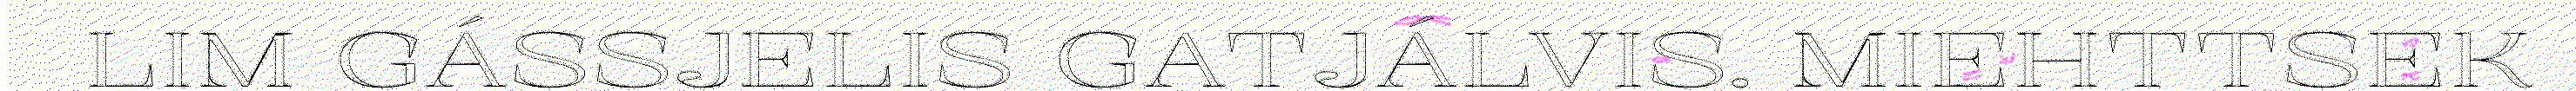
LIM GÁSSJELIS GATJÁLVIS. MIEHTTSEK